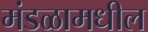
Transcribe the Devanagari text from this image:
मंडळामधील